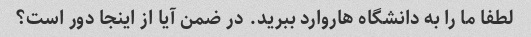
لطفا ما را به دانشگاه هاروارد ببرید. در ضمن آیا از اینجا دور است؟